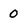
Character: 0